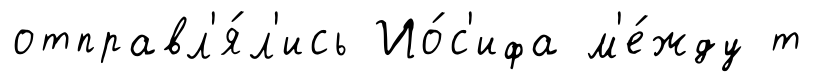
отправл'я́л'ись Ио́с'ифа м'е́жду т